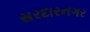
સરદારનગર